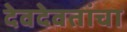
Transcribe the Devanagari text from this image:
देवदेवतांचा